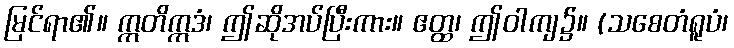
မြင်ရာ၏။ ဣတိဣဒံ၊ ဤဆိုအပ်ပြီးကား။ ဧတ္ထ၊ ဤဝါကျ၌။ (သစေတံရူပံ၊